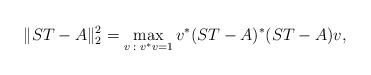
LaTeX: \begin{align*}\|ST-A\|_2^2 = \max_{v\;:\;v^* v = 1} v^* (ST-A)^* (ST-A) v,\end{align*}